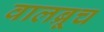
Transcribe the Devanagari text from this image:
वालब्रूच